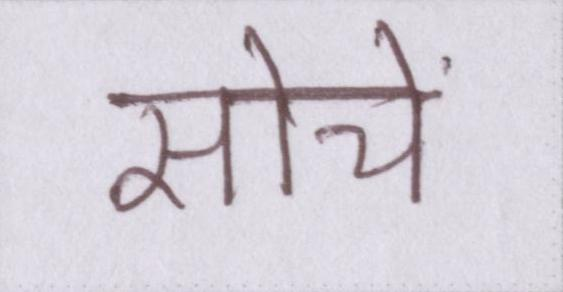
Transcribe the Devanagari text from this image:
सोचें